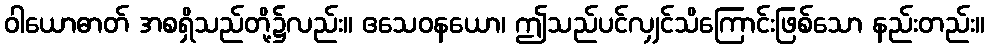
ဝါယောဓာတ် အစရှိသည်တို့၌လည်း။ ဧသေဝနယော၊ ဤသည်ပင်လျှင်သိကြောင်းဖြစ်သော နည်းတည်း။